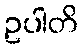
ဥပါတိ